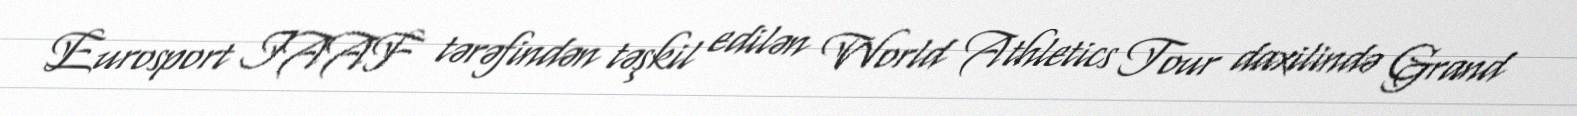
Eurosport IAAF tərəfindən təşkil edilən World Athletics Tour daxilində Grand